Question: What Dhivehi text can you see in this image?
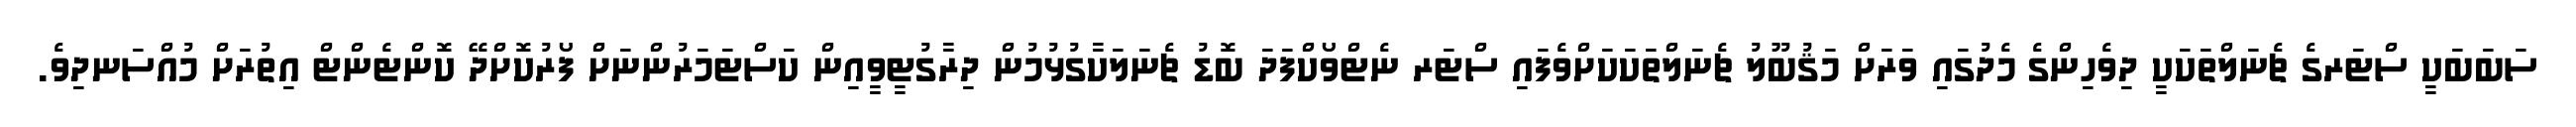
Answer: ސަބަބަކީ ސްޓަރގެ ޗެނަލްތަކަކީ ދިވެހިންގެ މެދުގައި ވަރަށް މަޤުބޫލު ޗެނަލްތަކަކަށްވެފައި ސްޓަރ ނެޓްވޯކްފަދަ ބޮޑު ޗެނަލަކާގުޅުމުން ދިރާގުޓީވީއިން ކަސްޓަމަރުންނަށް ފޯރުކޮށްދޭ ކޮންޓެންޓް އިތުރަށް މުއްސަނދިވެ.